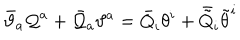
LaTeX: \bar { \vartheta } _ { a } { \cal Q } ^ { a } + \bar { { \cal Q } } _ { a } \vartheta ^ { a } = \bar { Q } _ { i } \theta ^ { i } + \bar { \tilde { Q } } _ { i } \tilde { \theta } ^ { i }